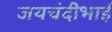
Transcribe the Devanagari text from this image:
जयचंदीभाई